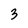
Character: 3